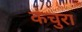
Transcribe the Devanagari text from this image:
कंचुरा